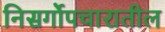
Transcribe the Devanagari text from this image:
निसर्गोपचारातील